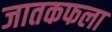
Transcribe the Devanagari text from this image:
जातकफला